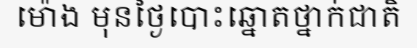
ម៉ោង មុនថ្ងៃបោះឆ្នោតថ្នាក់ជាតិ